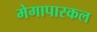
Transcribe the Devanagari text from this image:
मेगापास्कल